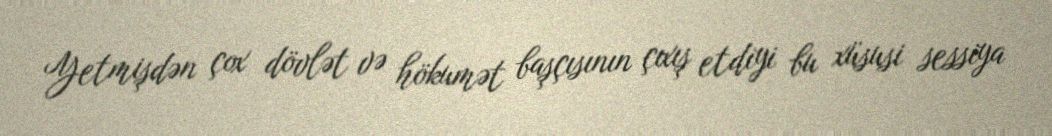
Yetmişdən çox dövlət və hökumət başçısının çıxış etdiyi bu xüsusi sessiya